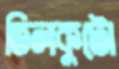
তিলকুটো